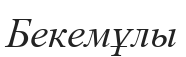
Бекемұлы